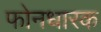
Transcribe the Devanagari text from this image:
फोनधारक